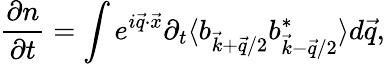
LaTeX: \frac{\partial n}{\partial t}=\int e^{i\vec{q}\cdot\vec{x}}\partial_{t}\langle b_{\vec{k}+\vec{q}/2}b_{\vec{k}-\vec{q}/2}^{*}\rangle d\vec{q},